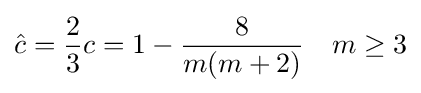
{\hat {c}}={\frac {2}{3}}c=1-{\frac {8}{m(m+2)}}\quad m\geq 3